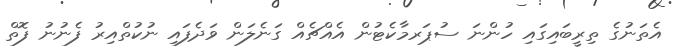
އެތަނުގެ ތިރީބައިގައި ހުންނަ ސުޕަރމާކެޓުން އެއްޗެއް ގަނެލަން ވަދެފައި ނުކުތްއިރު ފެނުނު ފޮތް